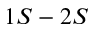
1 S - 2 S